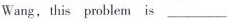
Wang,this problem is___